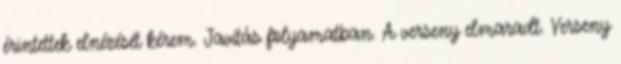
érintettek elnézését kérem. Javítás folyamatban. A verseny elmaradt. Verseny